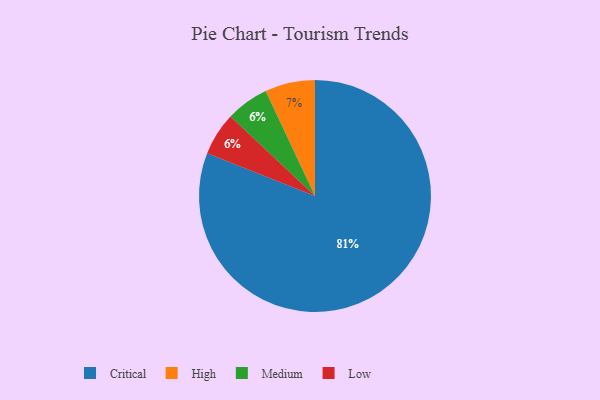
{"axis": {"x": "Category", "y": "Percentage"}, "legend": ["Critical", "High", "Low", "Medium"], "data": [{"x": "Medium", "y": 6, "type": "Medium"}, {"x": "Low", "y": 6, "type": "Low"}, {"x": "High", "y": 7, "type": "High"}, {"x": "Critical", "y": 81, "type": "Critical"}]}